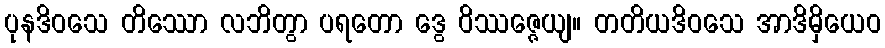
ပုနဒိဝသေ တိဿော လဘိတွာ ပရတော ဒွေ ဝိဿဇ္ဇေယျ။ တတိယဒိဝသေ အာဒိမှိယေဝ